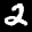
Label: 2